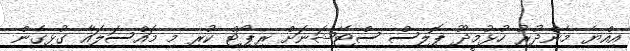
އިއްޔެ މެންދުރު ހުޅުމީދޫ ޕޮލިސް ސްޓޭޝަނަށް ރިޕޯޓް ކުރި މި މައްސަލައާ ގުޅިގެން